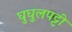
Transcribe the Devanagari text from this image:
घुघुलपट्टी